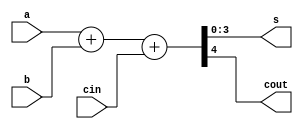
module full_adder_4bits_bh(s,cout,a,b,cin);
input [3:0] a,b;
input cin;
output reg [3:0] s;
output reg cout;

always@(a,b,cin) 
    {cout,s} = a+b+cin;

endmodule